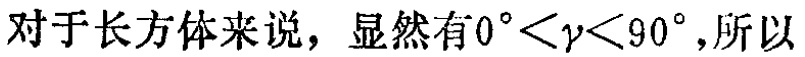
对于长方体来说，显然有\(0^{\circ}<\gamma<90^{\circ}\)，所以